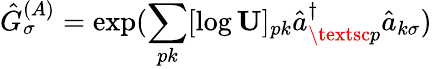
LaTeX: \hat{G}_{\sigma}^{(A)}=\exp(\sum_{pk}[\log\mathbf{U}]_{pk}\hat{a}_{\textsc{p}}^{\dagger}\hat{a}_{k\sigma})